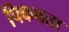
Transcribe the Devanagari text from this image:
पिकवता